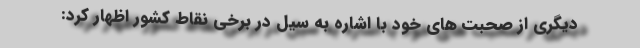
دیگری از صحبت های خود با اشاره به سیل در برخی نقاط کشور اظهار کرد: